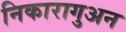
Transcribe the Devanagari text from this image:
निकारागुअन